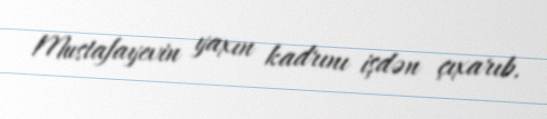
Mustafayevin yaxın kadrını işdən çıxarıb.